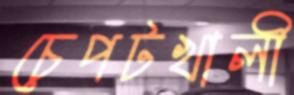
চেপটখালী